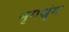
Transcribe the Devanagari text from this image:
मृगश्रृंग